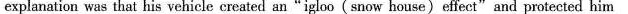
explanation was that his vehicle created an"igloo(snow house)effect"and protected him